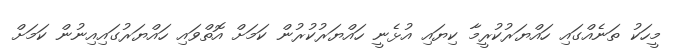
މީހަކު ތަނެއްގައި ހައްޔަރުކުރީމާ ކިޔައި އުޅެނީ ހައްޔަރުކުރުން ކަމަށް އޮތްވައި ހައްޔަރުގައިއިނުން ކަމަށް